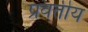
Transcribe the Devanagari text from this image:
प्रवतीय